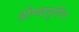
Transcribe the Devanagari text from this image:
होण्यापूर्वीचा